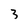
Character: 3